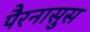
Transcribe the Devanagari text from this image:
पैरनासुस